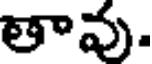
తావు.